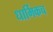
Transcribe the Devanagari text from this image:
धार्मिकच